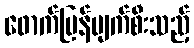
ဖောက်ပြန်ပျက်စီးသည့်